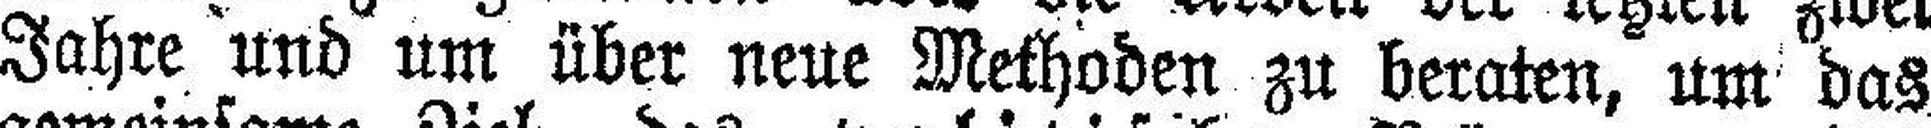
Jahre und um über neue Methoden zu beraten, um das